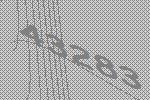
43283